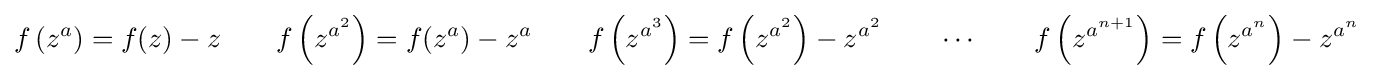
f\left(z^{a}\right)=f(z)-z\qquad f\left(z^{a^{2}}\right)=f(z^{a})-z^{a}\qquad f\left(z^{a^{3}}\right)=f\left(z^{a^{2}}\right)-z^{a^{2}}\qquad \cdots \qquad f\left(z^{a^{n+1}}\right)=f\left(z^{a^{n}}\right)-z^{a^{n}}